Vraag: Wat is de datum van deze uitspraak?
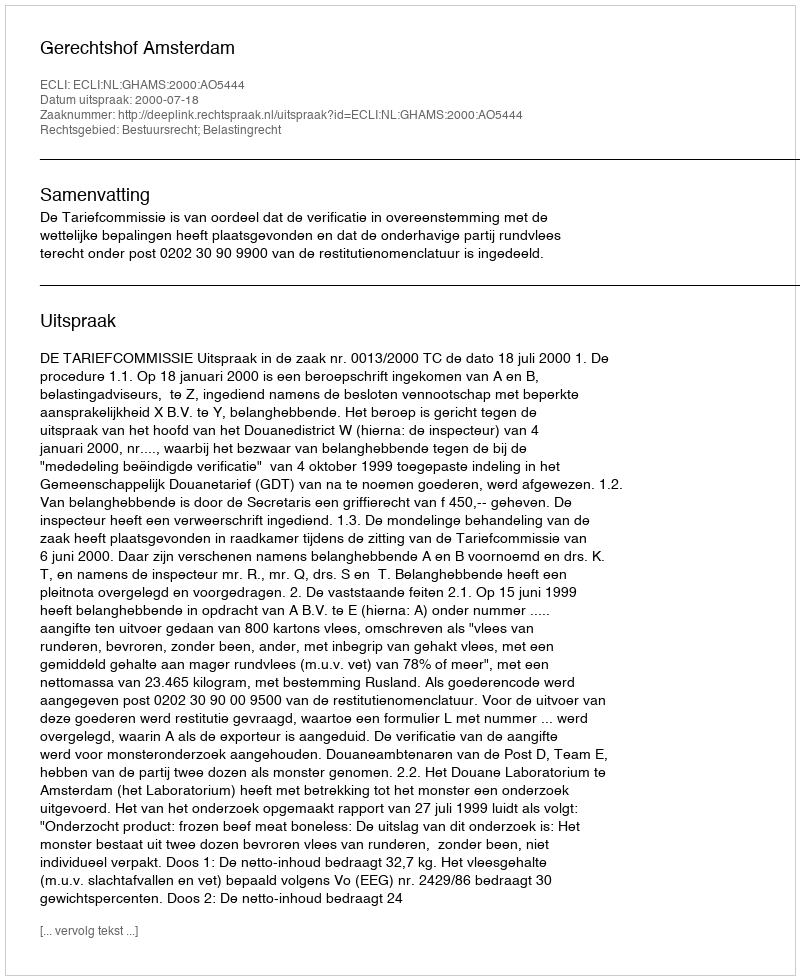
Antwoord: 2000-07-18